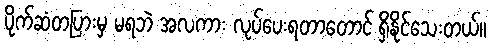
ပိုက်ဆံတပြားမှ မရဘဲ အလကား လုပ်ပေးရတာတောင် ရှိနိုင်သေးတယ်။